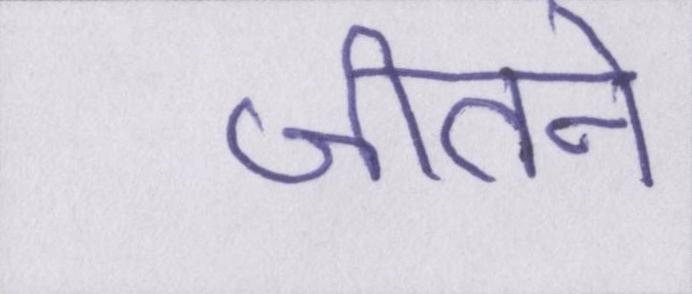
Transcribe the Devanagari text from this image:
जीतने